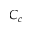
C _ { c }